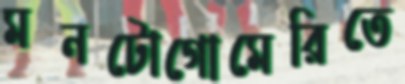
মনটোগোমেরিতে